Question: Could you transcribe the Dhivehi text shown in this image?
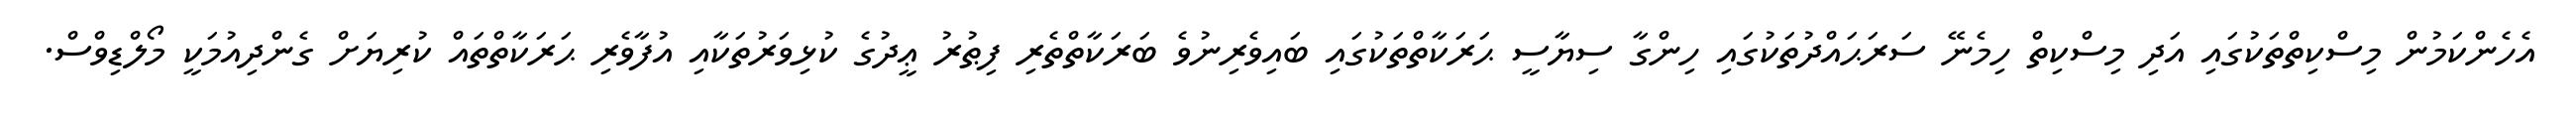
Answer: އެހެންކަމުން މިސްކިތްތަކުގައި އަދި މިސްކިތް ހިމެނޭ ސަރަޙައްދުތަކުގައި ހިންގާ ސިޔާސީ ޙަރަކާތްތަކުގައި ބައިވެރިނުވެ ބަރަކާތްތެރި ފިޠުރު ޢީދުގެ ކުޅިވަރުތަކާއި އުފާވެރި ޙަރަކާތްތައް ކުރިޔަށް ގެންދިއުމަކީ މޯލްޑިވްސް.